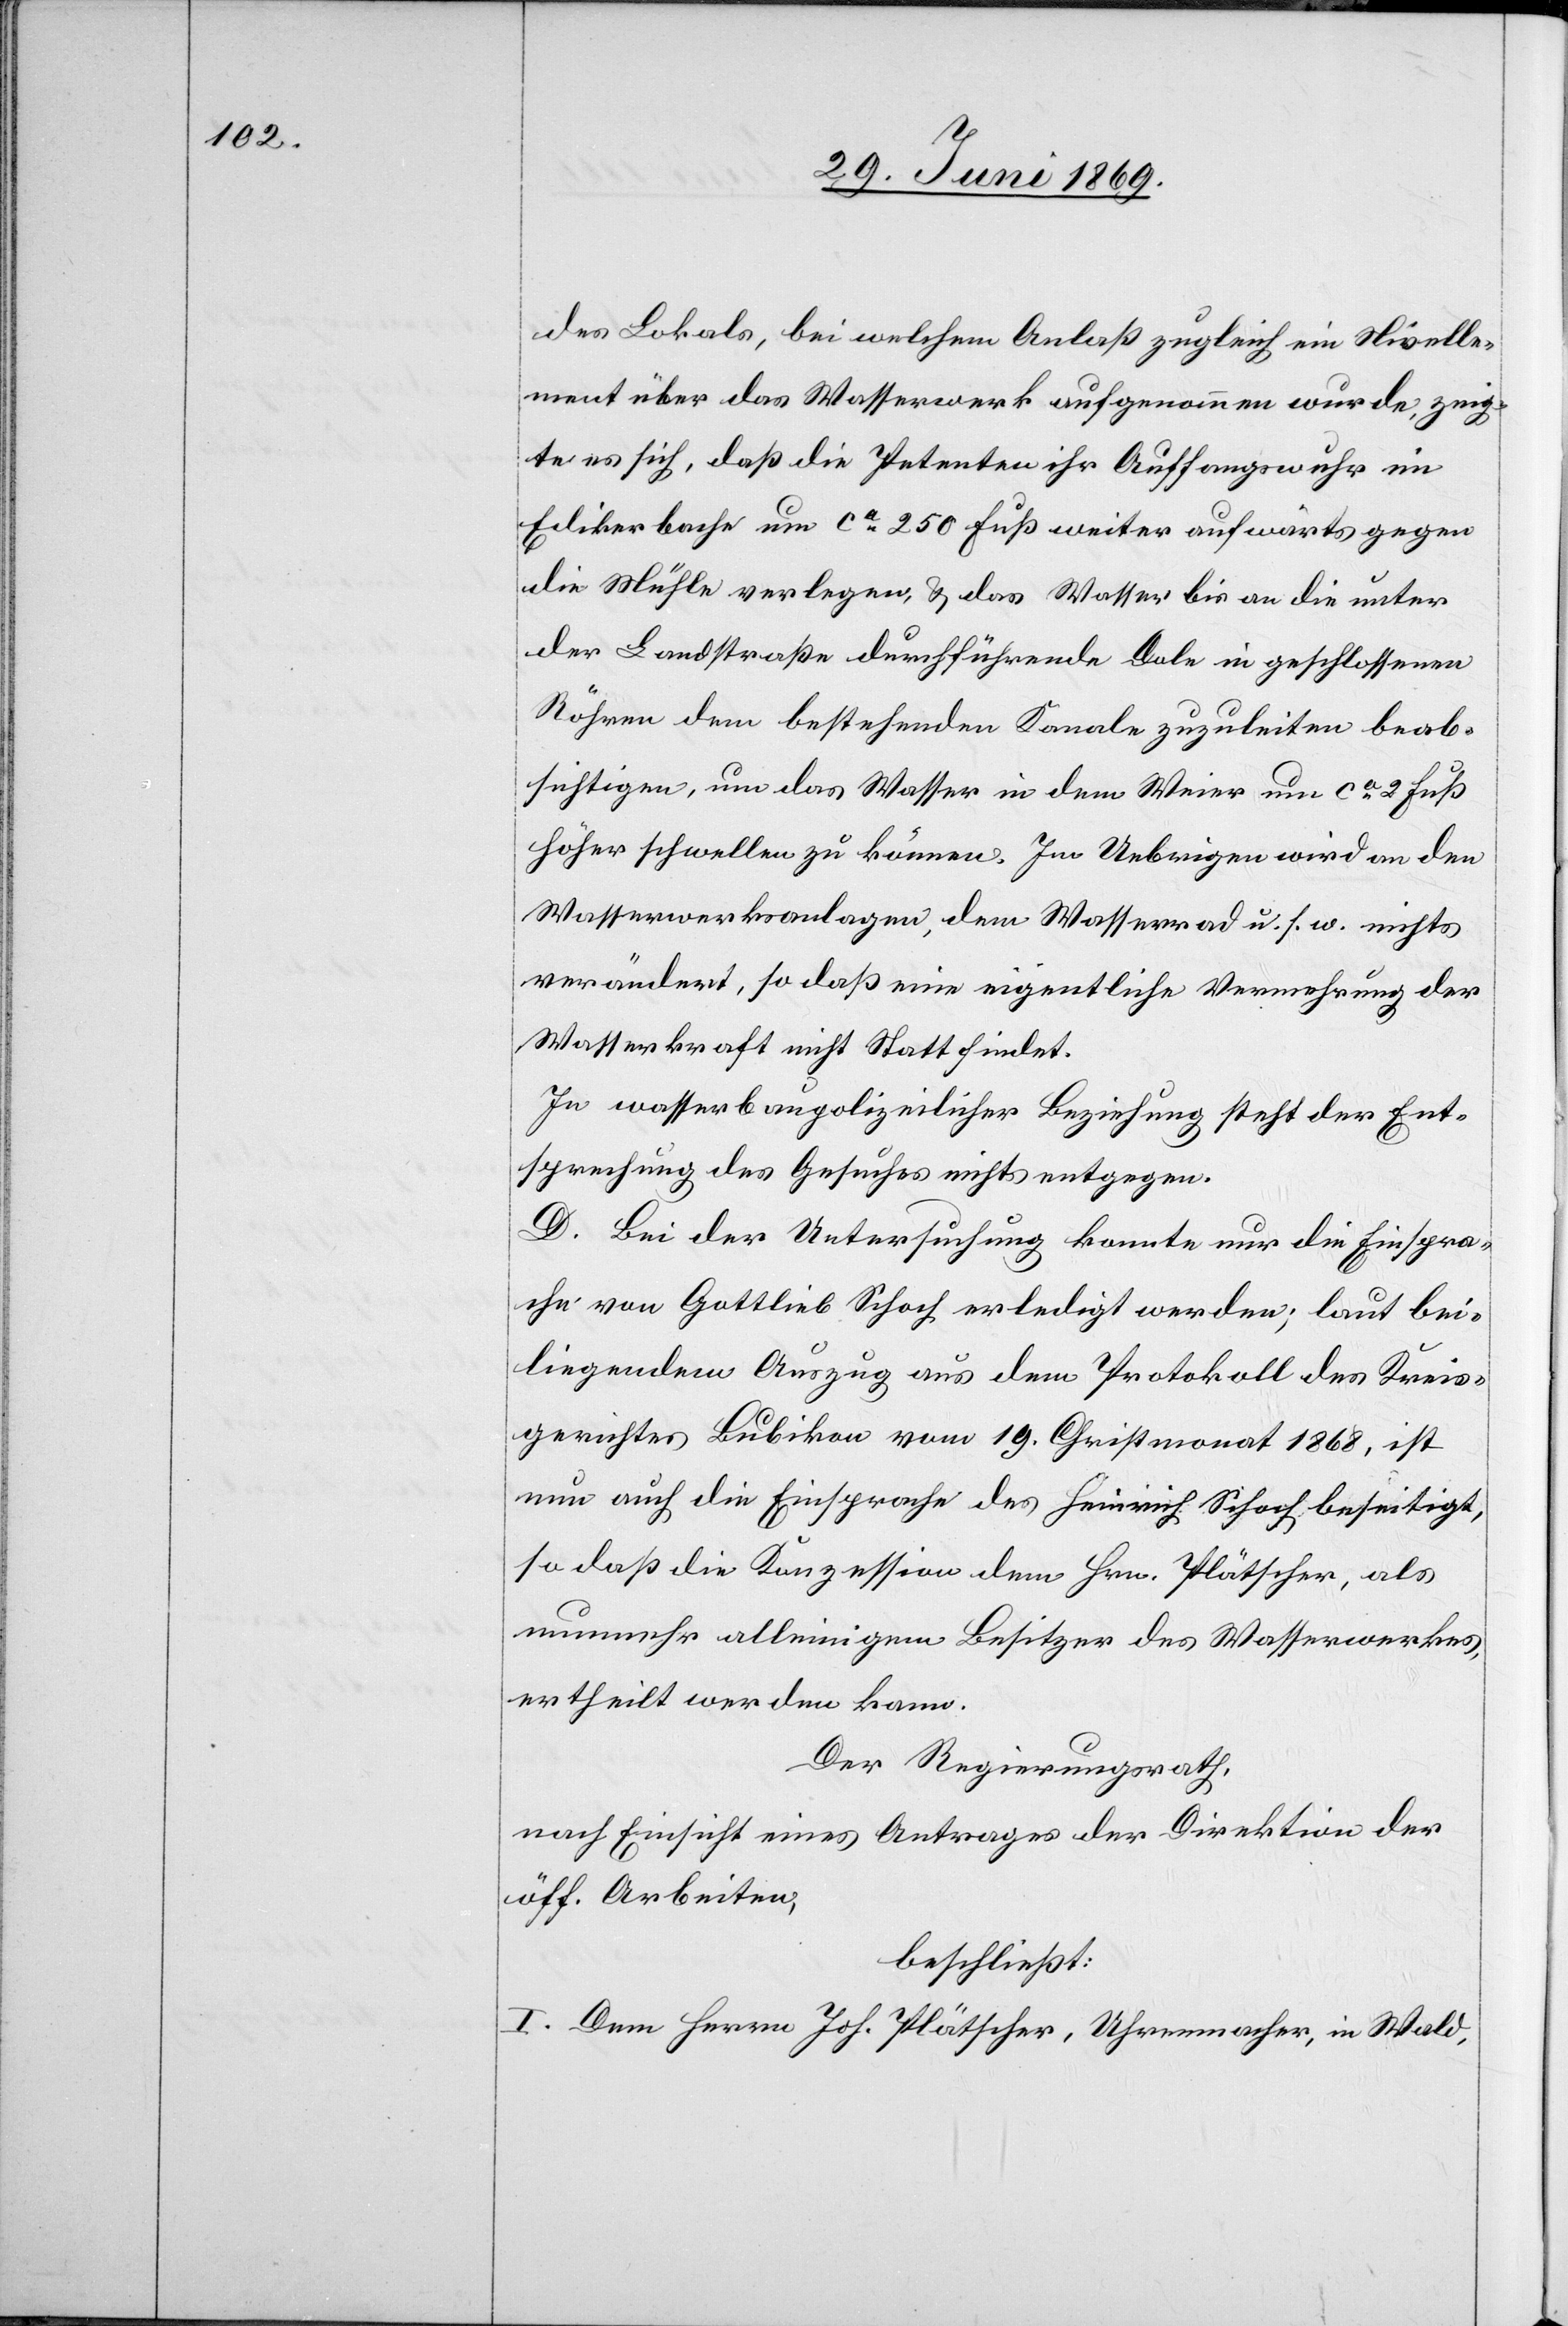
des Lokals, bei welchem Anlaß zugleich ein Nivelle¬
ment über das Wasserwerk aufgenommen wurde, zeig¬
te es sich, daß die Petenten ihr Auffangswuhr im
Edikonerbache um ca 250 Fuß weiter aufwärts gegen
die Mühle verlegen, u. das Wasser bis an die unter
der Landstraße durchführende Dole in geschlossenen
Röhren dem bestehenden Kanale zuzuleiten beab¬
sichtigen, um das Wasser in dem Weier um ca 2 Fuß
höher schwellen zu können. Im Uebrigen wird an den
Wasserwerksanlagen, dem Wasserrad u. s. w. nichts
verändert, so daß eine eigentliche Vermehrung der
Wasserkraft nicht Statt findet.
In wasserbaupolizeilicher Beziehung steht der Ent¬
sprechung des Gesuches nichts entgegen.
D. Bei der Untersuchung konnte nur die Einspra¬
che von Gottlieb Schoch erledigt werden; laut bei¬
liegendem Auszug aus dem Protokoll des Kreis¬
gerichtes Bubikon vom 19. Christmonat 1868, ist
nun auch die Einsprache des Heinrich Schoch beseitigt,
so daß die Konzession dem Hrn. Plätscher, als
nunmehr alleinigem Besitzer des Wasserwerkes,
ertheilt werden kann.
Der Regierungsrath,
nach Einsicht eines Antrages der Direktion der
öff. Arbeiten,
beschließt:
I. Dem Herrn Joh. Plätscher, Uhrenmacher, in Wald,